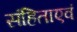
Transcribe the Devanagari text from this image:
संहिताएवं